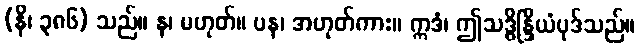
(နိ၊ ၃၈၆) သည်။ န၊ မဟုတ်။ ပန၊ အဟုတ်ကား။ ဣဒံ၊ ဤသဒ္ဓိန္ဒြိယံပုဒ်သည်။